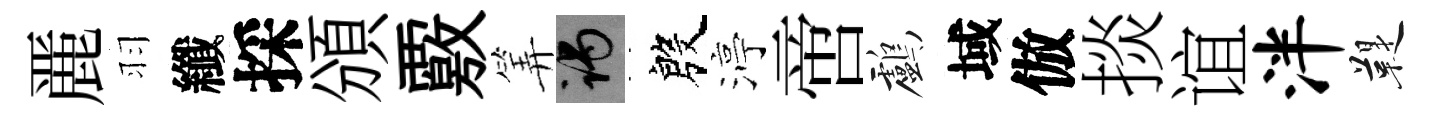
䴡羽纖採頒覈筭谒殷渟啻鸕域倣掞谊泮鞮